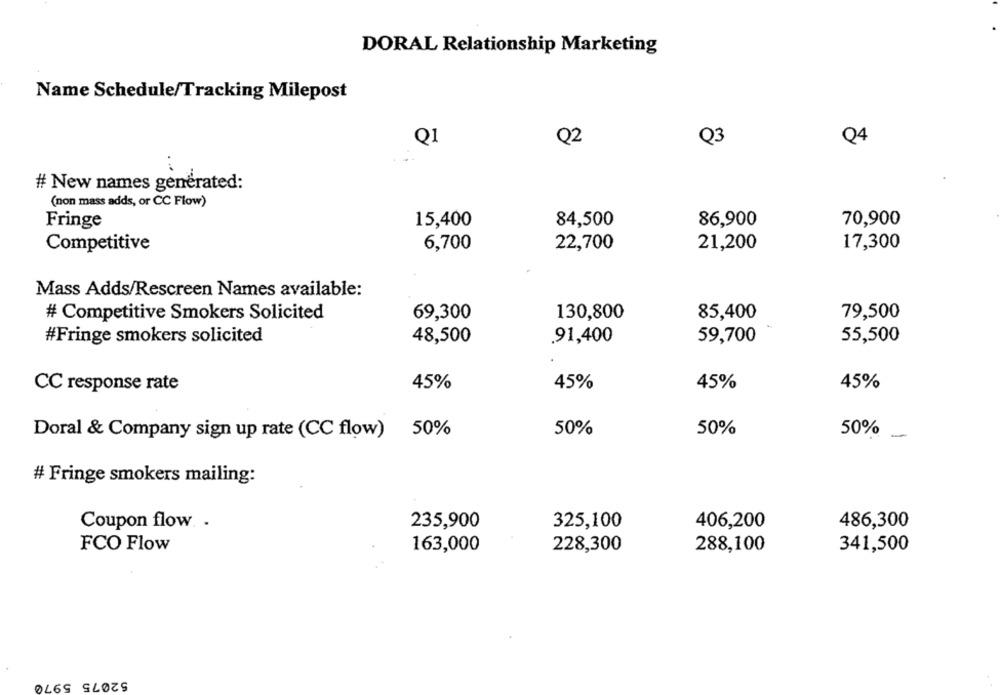
DORAL Relationship Marketing
Name Schedule/Tracking Milepost
Q2
Q3
Q4
Q1
# New names generated:
(non mass adds, or CC Flow)
Fringe
15,400
84,500
86,900
70,900
Competitive
6,700
22,700
21,200
17,300
Mass Adds/Rescreen Names available:
# Competitive Smokers Solicited
69,300
130,800
85,400
79,500
#Fringe smokers solicited
48,500
.91,400
59,700
55,500
CC response rate
45%
45%
45%
45%
50%
Doral & Company sign up rate (CC flow)
50%
50%
50%
# Fringe smokers mailing:
Coupon flow. .
235,900
325,100
406,200
486,300
FCO Flow
163,000
228,300
288,100
341,500
52075 5970